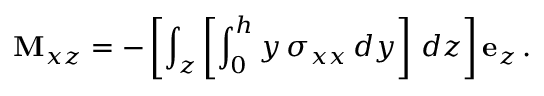
\mathbf { M } _ { x z } = - \left[ \int _ { z } \left[ \int _ { 0 } ^ { h } y \, \sigma _ { x x } \, d y \right] \, d z \right] \mathbf { e } _ { z } \, .